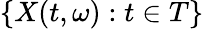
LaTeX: \{ X(t,\omega):t\in T\}